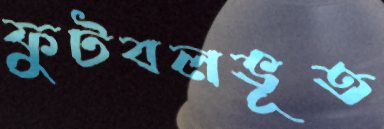
ফুটবলভূত